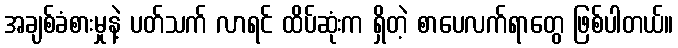
အချစ်ခံစားမှုနဲ့ ပတ်သက် လာရင် ထိပ်ဆုံးက ရှိတဲ့ စာပေလက်ရာတွေ ဖြစ်ပါတယ်။